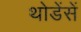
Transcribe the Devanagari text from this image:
थोडेंसें